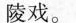
陵戏。